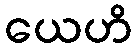
ယေဟိ